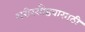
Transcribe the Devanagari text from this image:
शरीरसौष्ठवासाठी